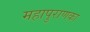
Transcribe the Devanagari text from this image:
महापुराणका